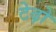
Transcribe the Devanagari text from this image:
टेढ़ो